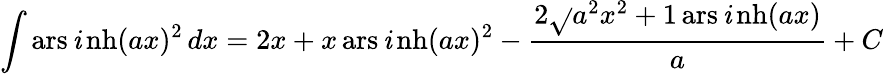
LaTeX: \int\operatorname{ars\mathit{i}nh}(ax)^{2}\, dx=2x+x\operatorname{ars\mathit{i}nh}(ax)^{2}-{\frac{{2{\sqrt{}{{a^{2}x^{2}+1}}}\operatorname{ars\mathit{i}nh}(ax)}}{{a}}}+C